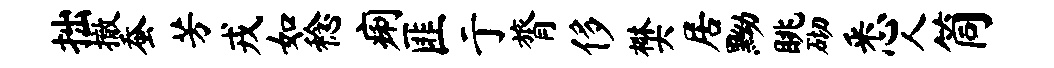
拙撤蚕芳戎如稔痢匪亍膂侈樊居黝眺砌悉人筒